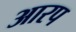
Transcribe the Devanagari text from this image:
आरप